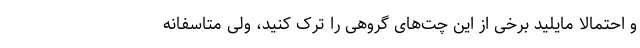
و احتمالا مایلید برخی از این چت‌های گروهی را ترک کنید، ولی متاسفانه